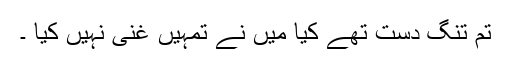
تم تنگ دست تھے کیا میں نے تمہیں غنی نہیں کیا ۔